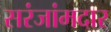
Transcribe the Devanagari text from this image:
सरंजांमदार